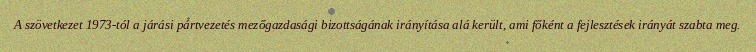
A szövetkezet 1973-tól a járási pártvezetés mezőgazdasági bizottságának irányítása alá került, ami főként a fejlesztések irányát szabta meg.